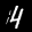
Label: 4